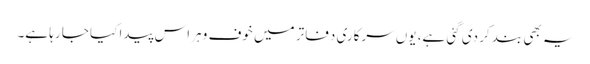
یہ بھی بند کر دی گئی ہے، یوں سرکاری دفاتر میں خوف و ہراس پیدا کیا جا رہا ہے۔